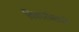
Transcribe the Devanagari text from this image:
विकारांमध्ये